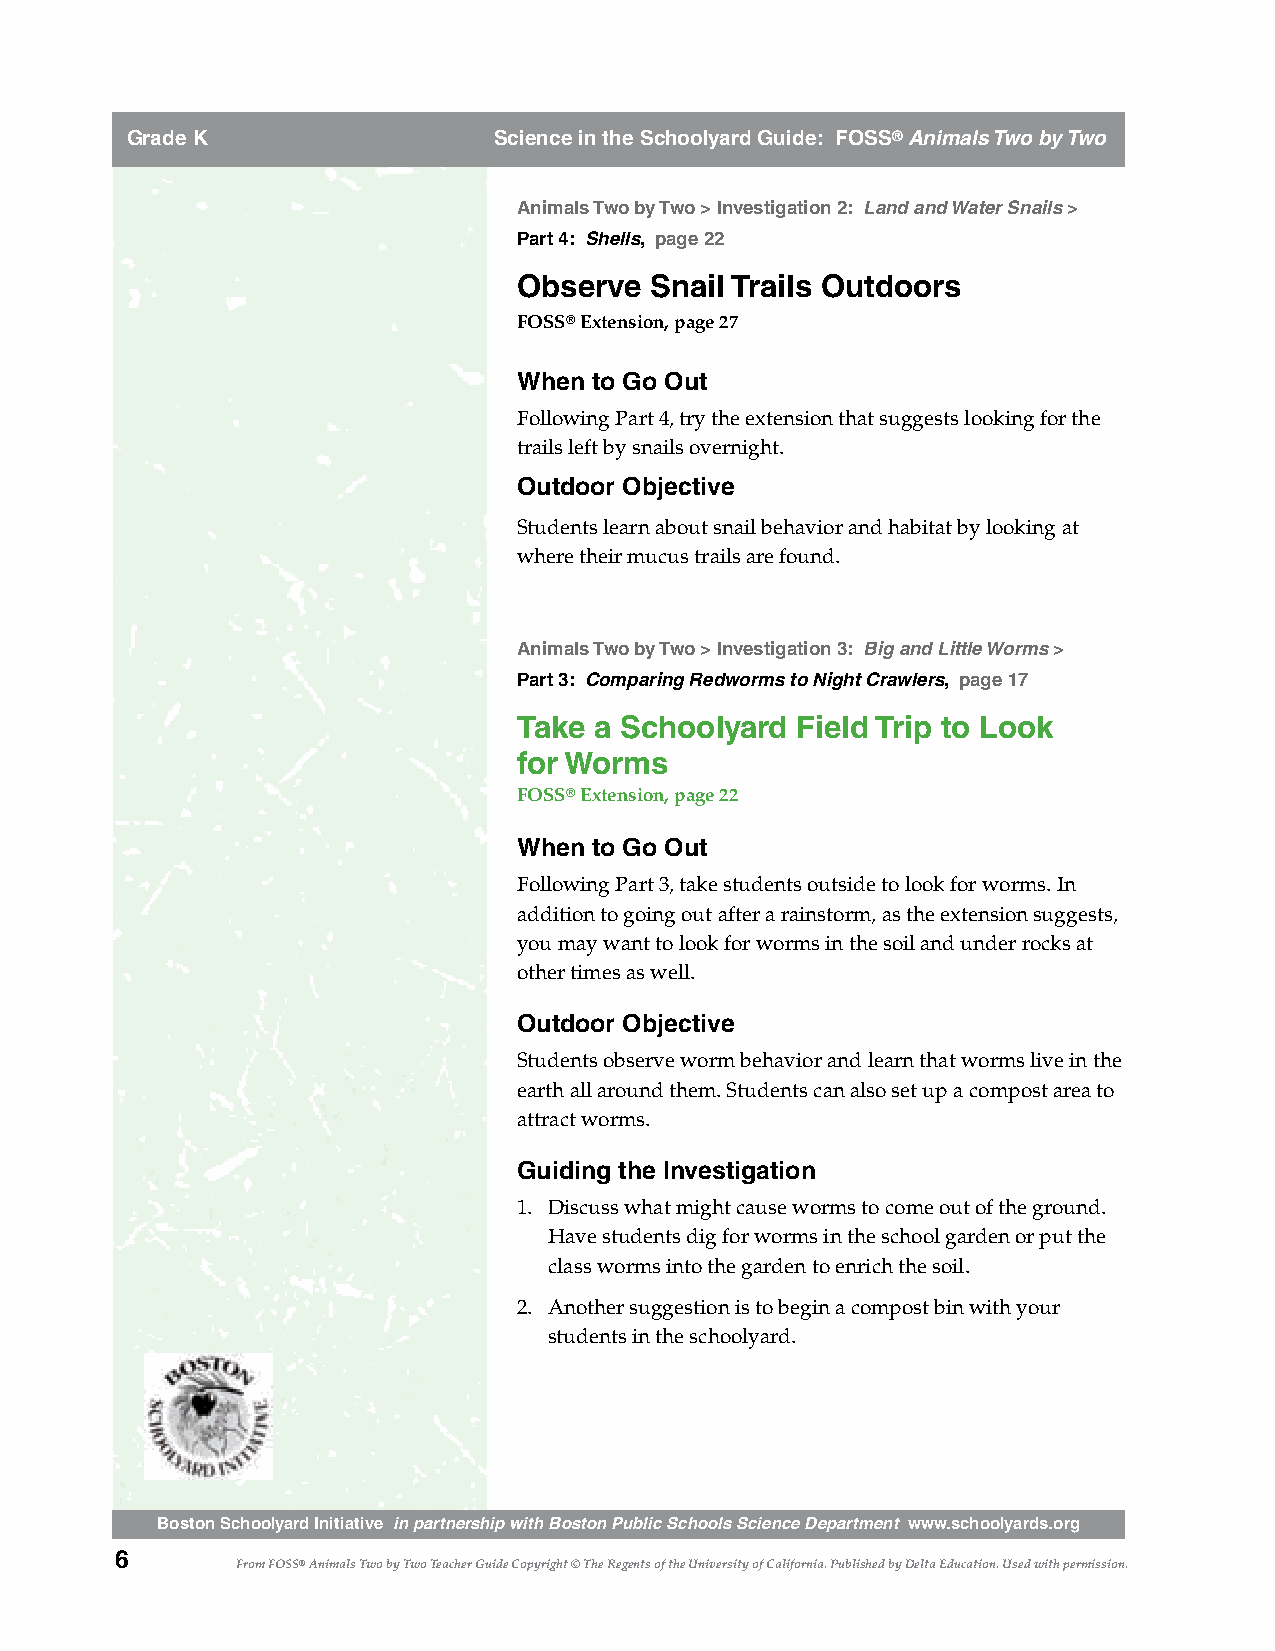
Grade K                  Science in the Schoolyard Guide: FOSS® Animals Two by Two
 Animals Two by Two > Investigation 2: Land and Water Snails >
 Part 4: Shells, page 22
 Observe  Snail Trails Outdoors
 FOSS® Extension, page 27
 When to Go Out
 Following Part 4, try the extension that suggests looking for the
 trails left by snails overnight.
 Outdoor Objective
 Students learn about snail behavior and habitat by looking at
 where their mucus trails are found.
 Animals Two by Two > Investigation 3: Big and Little Worms >
 Part 3: Comparing Redworms to Night Crawlers, page 17
 Take a Schoolyard  Field Trip to Look
 for Worms
 FOSS® Extension, page 22
 When to Go Out
 Following Part 3, take students outside to look for worms. In
 addition to going out after a rainstorm, as the extension suggests,
 you may want to look for worms in the soil and under rocks at
 other times as well.
 Outdoor Objective
 Students observe worm behavior and learn that worms live in the
 earth all around them. Students can also set up a compost area to
 attract worms.
 Guiding the Investigation
 1. Discuss what might cause worms to come out of the ground.
 Have students dig for worms in the school garden or put the
 class worms into the garden to enrich the soil.
 2. Another suggestion is to begin a compost bin with your
 students in the schoolyard.
 Boston Schoolyard Initiative in partnership with Boston Public Schools Science Department www.schoolyards.org
 6
 From FOSS® Animals Two by Two Teacher Guide Copyright © The Regents of the University of California. Published by Delta Education. Used with permission.